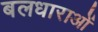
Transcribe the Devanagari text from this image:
बलधाराओं